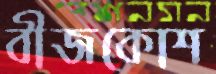
বীজকোশ